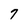
Character: 7